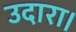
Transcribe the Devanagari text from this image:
उदारा।